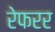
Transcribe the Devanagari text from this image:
रेफरर